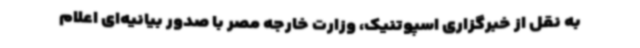
به نقل از خبرگزاری اسپوتنیک، وزارت خارجه مصر با صدور بیانیه‌ای اعلام